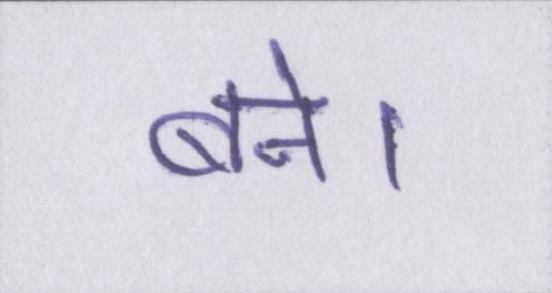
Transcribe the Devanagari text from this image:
बने।